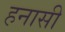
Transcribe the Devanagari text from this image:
हनासी